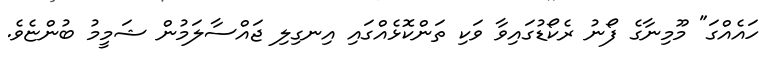
ހައެއްގަ" މޫމިނާގެ ފޯނު ރެކޯޑުގައިވާ ވަކި ތަންކޮޅެއްގައި އިނގިލި ޖައްސާލަމުން ޝަމީމު ބުންޏެވެ.